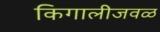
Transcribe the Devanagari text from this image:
किगालीजवळ